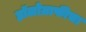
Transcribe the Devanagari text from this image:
हॉलोग्राफीचा